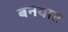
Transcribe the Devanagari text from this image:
बनवाट